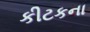
કીટકના